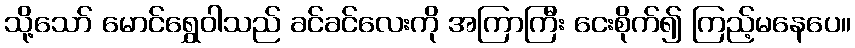
သို့သော် မောင်ရွှေဝါသည် ခင်ခင်လေးကို အကြာကြီး ငေးစိုက်၍ ကြည့်မနေပေ။